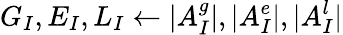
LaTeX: G_{I},E_{I},L_{I}\leftarrow\vert A_{I}^{g}\vert,\vert A_{I}^{e}\vert,\vert A_{I}^{l}\vert